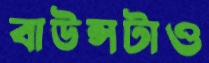
বাউন্সটাও